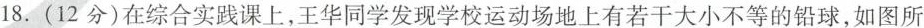
18.(12分)在综合实践课上，王华同学发现学校运动场地上有若干大小不等的铅球，如图所